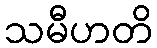
သမီဟတိ